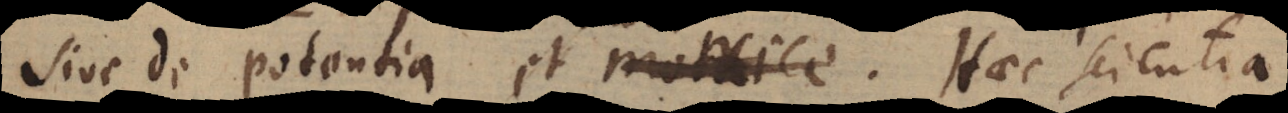
sive de potentia et motrice. Haec scientia